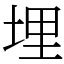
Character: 埋